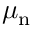
\mu _ { \mathrm { n } }